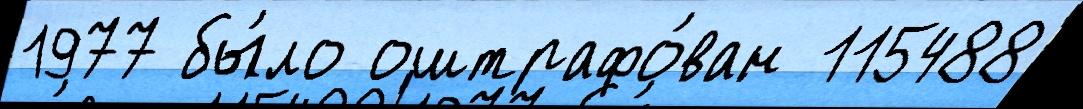
1977 бы́ло оштрафо́ван 115488